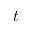
t